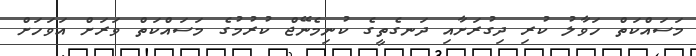
މަސައްކަތް ހަވާލު ކުރި ދިގުރަށާއި ދަނގެތީގެ ކުނިމެނޭޖް ކުރުމުގެ މަސައްކަތް ވަރަށް އަވަހަށް